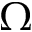
\Omega